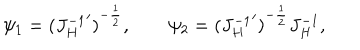
\psi _ { 1 } = { ( { J _ { H } ^ { - 1 } } ^ { \prime } ) } ^ { - { \frac { 1 } { 2 } } } , \qquad \psi _ { 2 } = { ( { J _ { H } ^ { - 1 } } ^ { \prime } ) } ^ { - { \frac { 1 } { 2 } } } J _ { H } ^ { - 1 } ,